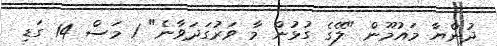
ދުންޔާ މައުމޫން "ލޭގެ ގުޅުން މާ ވަރުގަދަވާނެ" 1 މަސް 14 ގަޑި